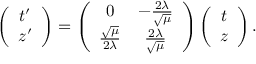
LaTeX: \left( \begin{array} { c } { { t ^ { \prime } } } \\ { { z ^ { \prime } } } \end{array} \right) = \left( \begin{array} { c c } { { 0 } } & { { - \frac { 2 \lambda } { \sqrt { \mu } } } } \\ { { \frac { \sqrt { \mu } } { 2 \lambda } } } & { { \frac { 2 \lambda } { \sqrt { \mu } } } } \end{array} \right) \left( \begin{array} { c } { { t } } \\ { { z } } \end{array} \right) .